Annual report of the Imperial Bacteriological Laboratory, Muktesar
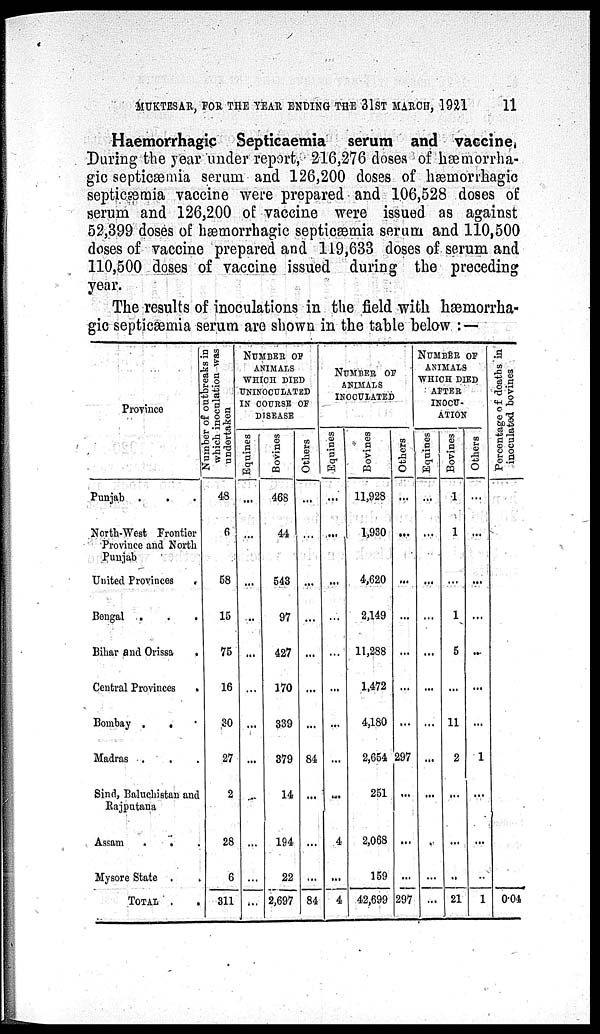
MUKTESAR, FOR THE YEAR ENDING THE 31ST MARCH, 1921
11
Haemorrhagic Septicaemia serum and vaccine.
During the year under report, 216,276 doses of hæmorrha-
gic septicæmia serum and 126,200 doses of hæmorrhagic
septicæmia vaccine were prepared and 106,528 doses of
serum and 126,200 of vaccine were issued as against
52,399 doses of hæmorrhagic septicæmia serum and 110,500
doses of vaccine prepared and 119,633 doses of serum and
110,500 doses of vaccine issued during the preceding
year.
The results of inoculations in the field with hæmorrha-
gic septicæmia serum are shown in the table below :—
Province
Punjab .
.
North-West Frontier
Province and North
Punjab
United Provinces
.
Bengal . . .
Bihar and Orissa
.
Central Provinces
.
Bombay . . .
Madras . . .
Sind, Baluchistan and
Rajputana
Assam
.
.
Mysore State .
TOTAL .
Nu mb e
r of outbreaks in
which inoculation was
undertaken
48
6
58
15
75
16
30
27
2
28
6
311
NUMBER OF
ANIMALS
WHICH DIED
UNINOCULATED
IN COURSE OF
DISEASE
Equines
...
...
...
...
...
...
...
...
...
...
...
...
Bovines
468
44
543
97
427
170
339
379
14
194
22
2,697
Others
...
...
...
...
...
...
...
84
...
...
...
84
NUMBER OF
ANIMALS
INOCULATED
Equines
...
....
...
...
...
... .
...
...
...
4
...
4
Bovines
11,928
1,930
4,620
2,149
11,288
1,472
4,180
2,654
251
2,068
159
42,699
Others
...
...
...
...
...
...
...
297
...
...
...
297
NUMBER OF
ANIMALS
WHICH DIED
AFTER
INOCU¬
LATION
Equines
...
...
...
...
...
...
...
...
...
...
...
...
Bovines
1
1
...
1
5
...
11
2
...
...
...
21
Others
...
...
...
...
...
...
...
1
...
...
...
1
Pe r
c e nt a ge of d e a t h s in
inoculated bovines
0.04